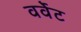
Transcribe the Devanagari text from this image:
वर्वेट